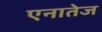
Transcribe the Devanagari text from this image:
एनातेज